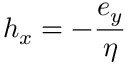
h _ { x } = - { \frac { e _ { y } } { \eta } }